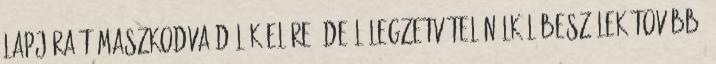
lapjára támaszkodva dőlök előre, de lélegzetvétel nélkül beszélek tovább.